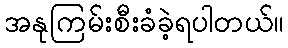
အနုကြမ်းစီးခံခဲ့ရပါတယ်။